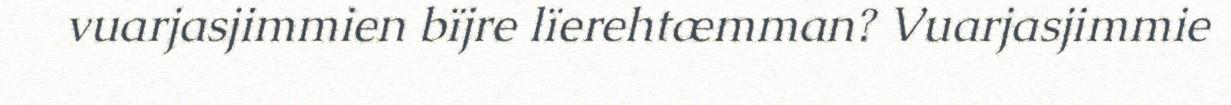
vuarjasjimmien bïjre lïerehtæmman? Vuarjasjimmie